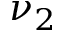
\nu _ { 2 }